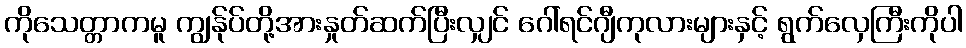
ကိုသေတ္တာကမူ ကျွန်ုပ်တို့အားနှုတ်ဆက်ပြီးလျှင် ဂေါ်ရင်ဂျီကုလားများနှင့် ရွက်လှေကြီးကိုပါ